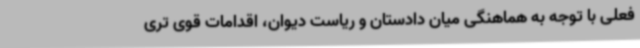
فعلی با توجه به هماهنگی میان دادستان و ریاست دیوان، اقدامات قوی تری